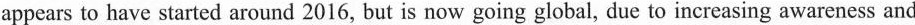
appears to have started around 2016, but is now going global, due to increasing awareness and